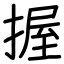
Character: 握